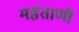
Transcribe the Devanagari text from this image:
महंताणी